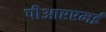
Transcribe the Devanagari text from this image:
पीआरएमई